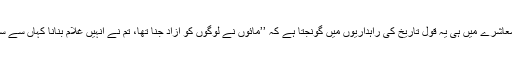
ایسے معاشرے میں ہی یہ قول تاریخ کی راہداریوں میں گونجتا ہے کہ ’’مائوں نے لوگوں کو آزاد جنا تھا، تم نے انہیں غلام بنانا کہاں سے سیکھ لیا۔